Vaccination in Bombay 1924-1928 - 1924-1928
Year: 1924
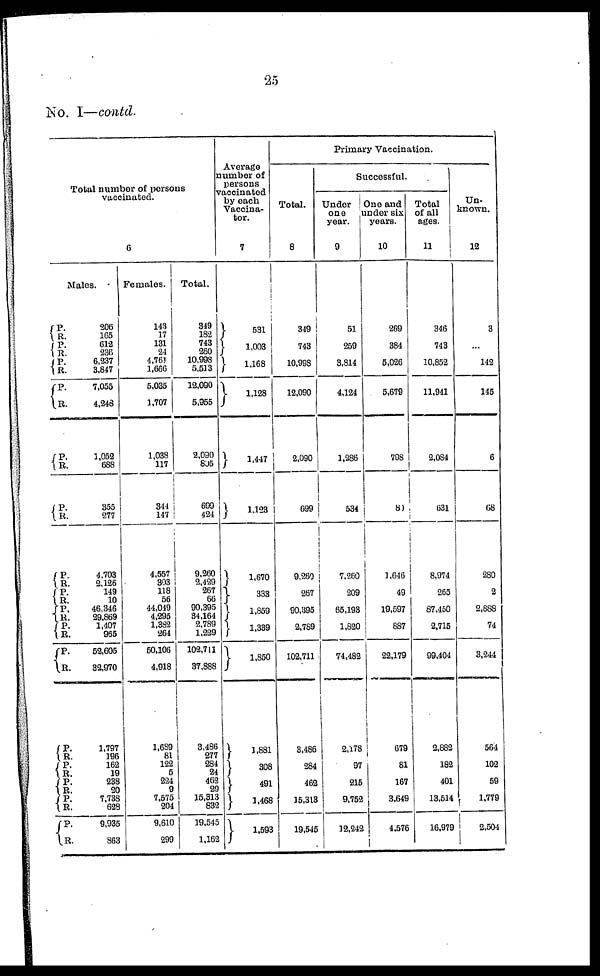
25
No. I—contd.
Total number of persons
vaccinated.
6
Males.
P.
R.
P.
R.
P.
R.
P.
R.
P.
R.
P.
R.
P.
R.
P
R.
P.
R.
P.
R.
P.
R.
P.
R.
P.
R.
P.
R.
P.
R.
P.
R.
206
165
612
236
6,237
3,847
7,055
4,248
1,052
688
355
277
4,703
2,126
149
10
46,346
29,869
1,407
965
52,605
32,970
1,797
196
162
19
238
20
7,738
628
9,935
863
Females.
143
17
131
24
4,761
1,666
5,035
1,707
1,038
117
344
147
4,557
303
118
56
44,049
4,295
1,382
264
50,106
4,918
1,689
81
122
5
224
9
7,575
204
9,610
299
Total.
349
182
743
260
10,998
5,513
12,090
5,955
2,090
805
699
424
9,260
2,429
267
66
90,395
34,164
2,789
1,229
102,711
37,888
3,486
277
284
24
462
29
15,313
832
19,545
1,162
Average
number of
persons
vaccinated
by each
Vaccina-
tor.
7
531
1,003
1,168
1,128
1,447
1,123
1,670
333
1,859
1,339
1,850
1,881
308
491
1,468
1,593
Primary Vaccination.
Total.
8
349
743
10,998
12,090
2,090
699
9,260
267
90,395
2,789
102,711
3,486
284
462
15,313
19,545
Successful.
Under
one
year.
9
51
259
3,814
4,124
1,286
534
7,260
209
65,193
1,820
74,482
2,178
97
215
9,752
12,242
One and
under six
years.
10
269
384
5,026
5,679
798
80
1,646
49
19,597
887
22,179
679
81
167
3,649
4,576
Total
of all
ages.
11
346
743
10,852
11,941
2,084
631
8,974
265
87,450
2,715
99,404
2,882
182
401
13,514
16,979
Un-
known.
12
3
...
142
145
6
68
280
2
2,888
74
3,244
564
102
59
1,779
2,504